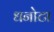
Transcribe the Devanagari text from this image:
धनोटा